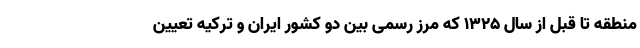
منطقه تا قبل از سال ۱۳۲۵ که مرز رسمی بین دو کشور ایران و ترکیه تعیین